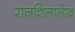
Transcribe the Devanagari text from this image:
राजशिलालेख